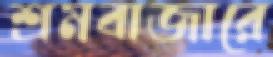
শ্রমবাজারে